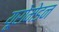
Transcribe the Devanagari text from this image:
यूरोमेडन